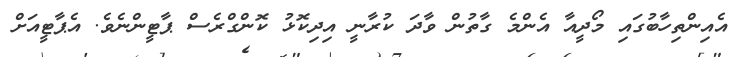
އެއިންތިހާބުގައި މޯދީއާ އެންމެ ގާތުން ވާދަ ކުރާނީ އިދިކޮޅު ކޮންގްރެސް ޕާޓީންނެވެ. އެޕާޓީއަށް